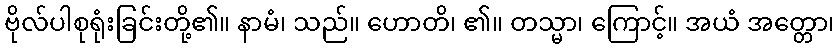
ဗိုလ်ပါစုရုံးခြင်းတို့၏။ နာမံ၊ သည်။ ဟောတိ၊ ၏။ တသ္မာ၊ ကြောင့်။ အယံ အတ္တော၊